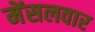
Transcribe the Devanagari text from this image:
मेंसलवार